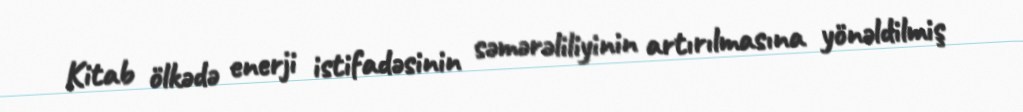
Kitab ölkədə enerji istifadəsinin səmərəliliyinin artırılmasına yönəldilmiş